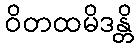
ဝိတထမိဒန္တိ